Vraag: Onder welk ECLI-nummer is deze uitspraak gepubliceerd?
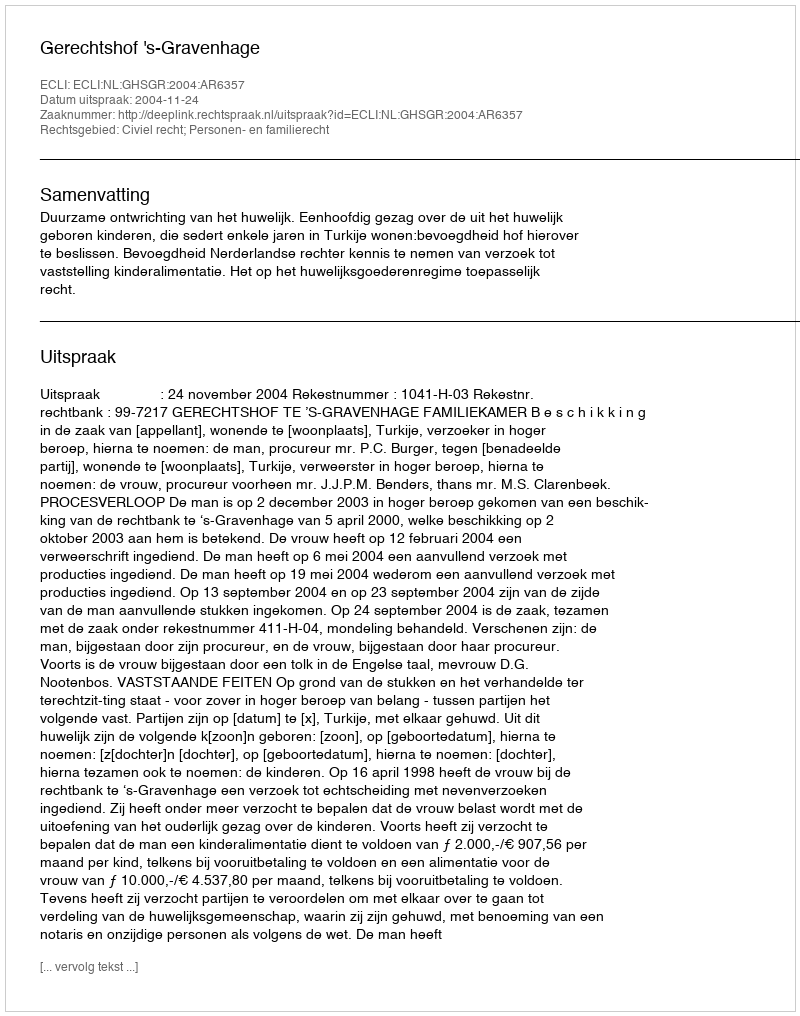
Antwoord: ECLI:NL:GHSGR:2004:AR6357